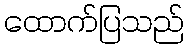
ထောက်ပြသည်